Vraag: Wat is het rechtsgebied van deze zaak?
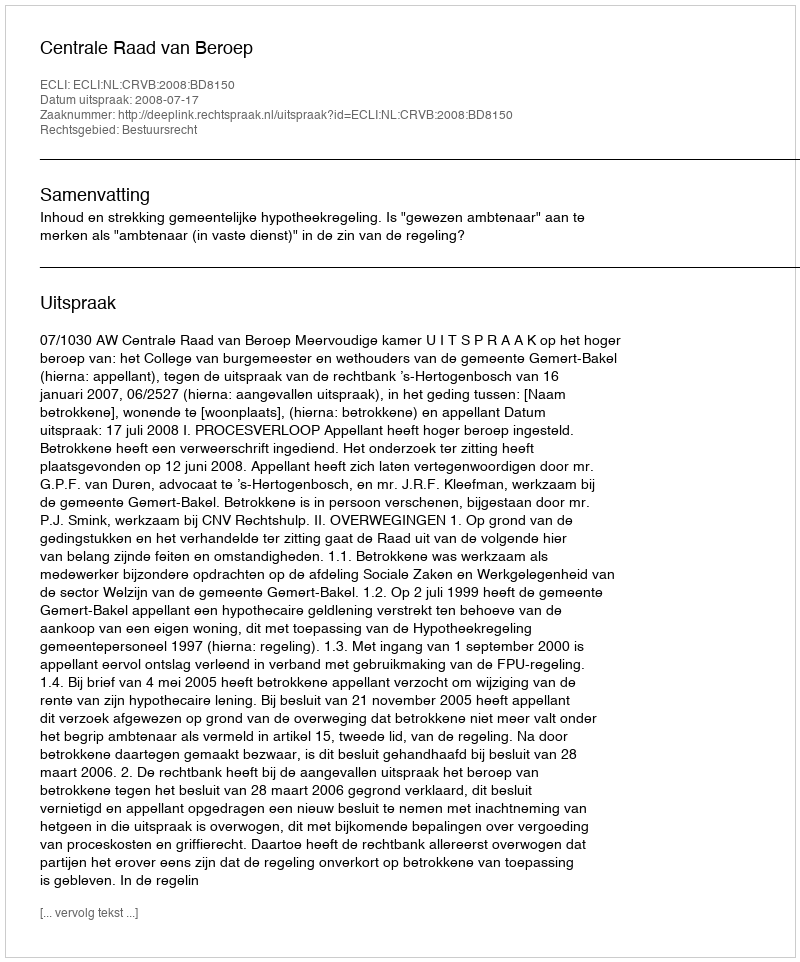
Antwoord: Bestuursrecht